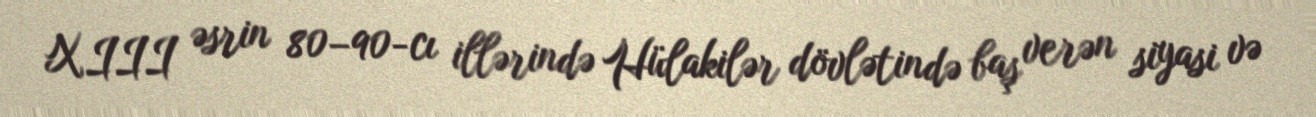
XIII əsrin 80–90-cı illərində Hülakilər dövlətində baş verən siyasi və